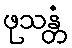
ဖုသန္တံ